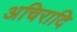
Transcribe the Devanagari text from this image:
अचिरादि